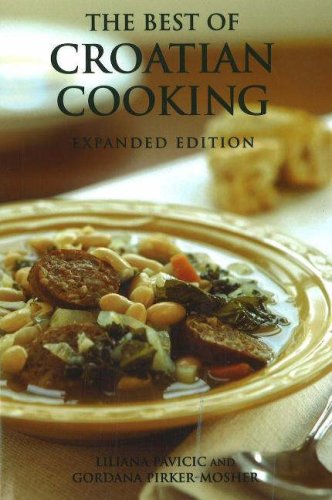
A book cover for The Best of Croatian Cooking; Liliana Pavicic; Cookbooks, Food & Wine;